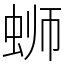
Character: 蛳